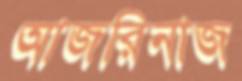
আজরিনাজ